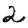
Digit: 2